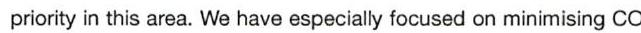
priority in this area. We have especially focused on minimising CO